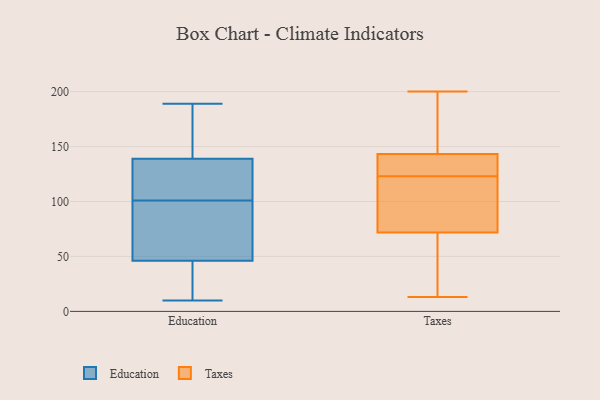
{"axis": {"x": "Satisfaction Score", "y": "Value"}, "legend": ["Education", "Taxes"], "data": [{"x": "", "y": 46, "type": "Education"}, {"x": "", "y": 107, "type": "Education"}, {"x": "", "y": 10, "type": "Education"}, {"x": "", "y": 139, "type": "Education"}, {"x": "", "y": 16, "type": "Education"}, {"x": "", "y": 118, "type": "Education"}, {"x": "", "y": 95, "type": "Education"}, {"x": "", "y": 167, "type": "Education"}, {"x": "", "y": 189, "type": "Education"}, {"x": "", "y": 78, "type": "Education"}, {"x": "", "y": 107, "type": "Taxes"}, {"x": "", "y": 136, "type": "Taxes"}, {"x": "", "y": 145, "type": "Taxes"}, {"x": "", "y": 13, "type": "Taxes"}, {"x": "", "y": 120, "type": "Taxes"}, {"x": "", "y": 117, "type": "Taxes"}, {"x": "", "y": 44, "type": "Taxes"}, {"x": "", "y": 132, "type": "Taxes"}, {"x": "", "y": 200, "type": "Taxes"}, {"x": "", "y": 123, "type": "Taxes"}, {"x": "", "y": 60, "type": "Taxes"}, {"x": "", "y": 31, "type": "Taxes"}, {"x": "", "y": 195, "type": "Taxes"}, {"x": "", "y": 138, "type": "Taxes"}, {"x": "", "y": 175, "type": "Taxes"}]}